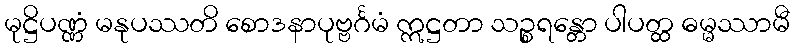
မုဋ္ဌိပဏ္ဏံ မနုပဿတိ စောဒနာပုဗ္ဗင်္ဂမံ ဣဋ္ဌတာ သဉ္စရန္တော ပါပတ္ထ ဓမ္မဿာမီ